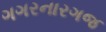
ગગરનારગજ